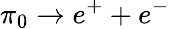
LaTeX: \pi_{0}\rightarrow e^{+}+e^{-}